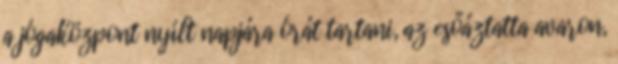
a jógaközpont nyílt napjára órát tartani, az esőáztatta avaron,